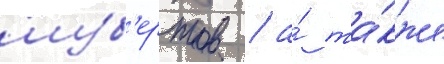
шуб'ертов / а́ та́кже